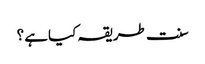
سنت طریقہ کیاہے ؟